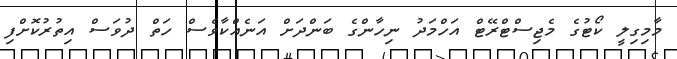
މާމިގިލީ ކޯޓުގެ މެޖިސްޓްރޭޓް އަހްމަދު ނިހާންގެ ބަންދަށް އަނެއްކާވެސް ހަތް ދުވަސް އިތުރުކޮށްފި